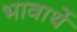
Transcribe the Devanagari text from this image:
भावार्थे